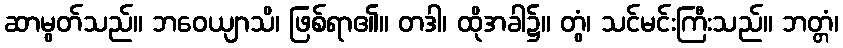
ဆာမွတ်သည်။ ဘဝေယျာသိ၊ ဖြစ်ရာ၏။ တဒါ၊ ထိုအခါ၌။ တွံ၊ သင်မင်းကြီးသည်။ ဘတ္တံ၊